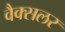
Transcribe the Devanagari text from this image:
वैक्सलर